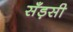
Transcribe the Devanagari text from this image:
सँड़सी